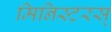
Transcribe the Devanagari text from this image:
मिनिस्टरस्